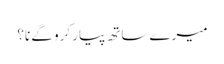
میرے ساتھ پیار کرو گے نا؟